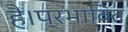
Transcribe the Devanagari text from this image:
है।प्रभावित